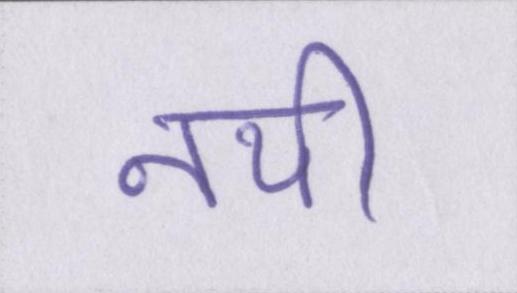
नयी